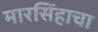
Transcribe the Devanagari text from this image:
मारसिंहाचा